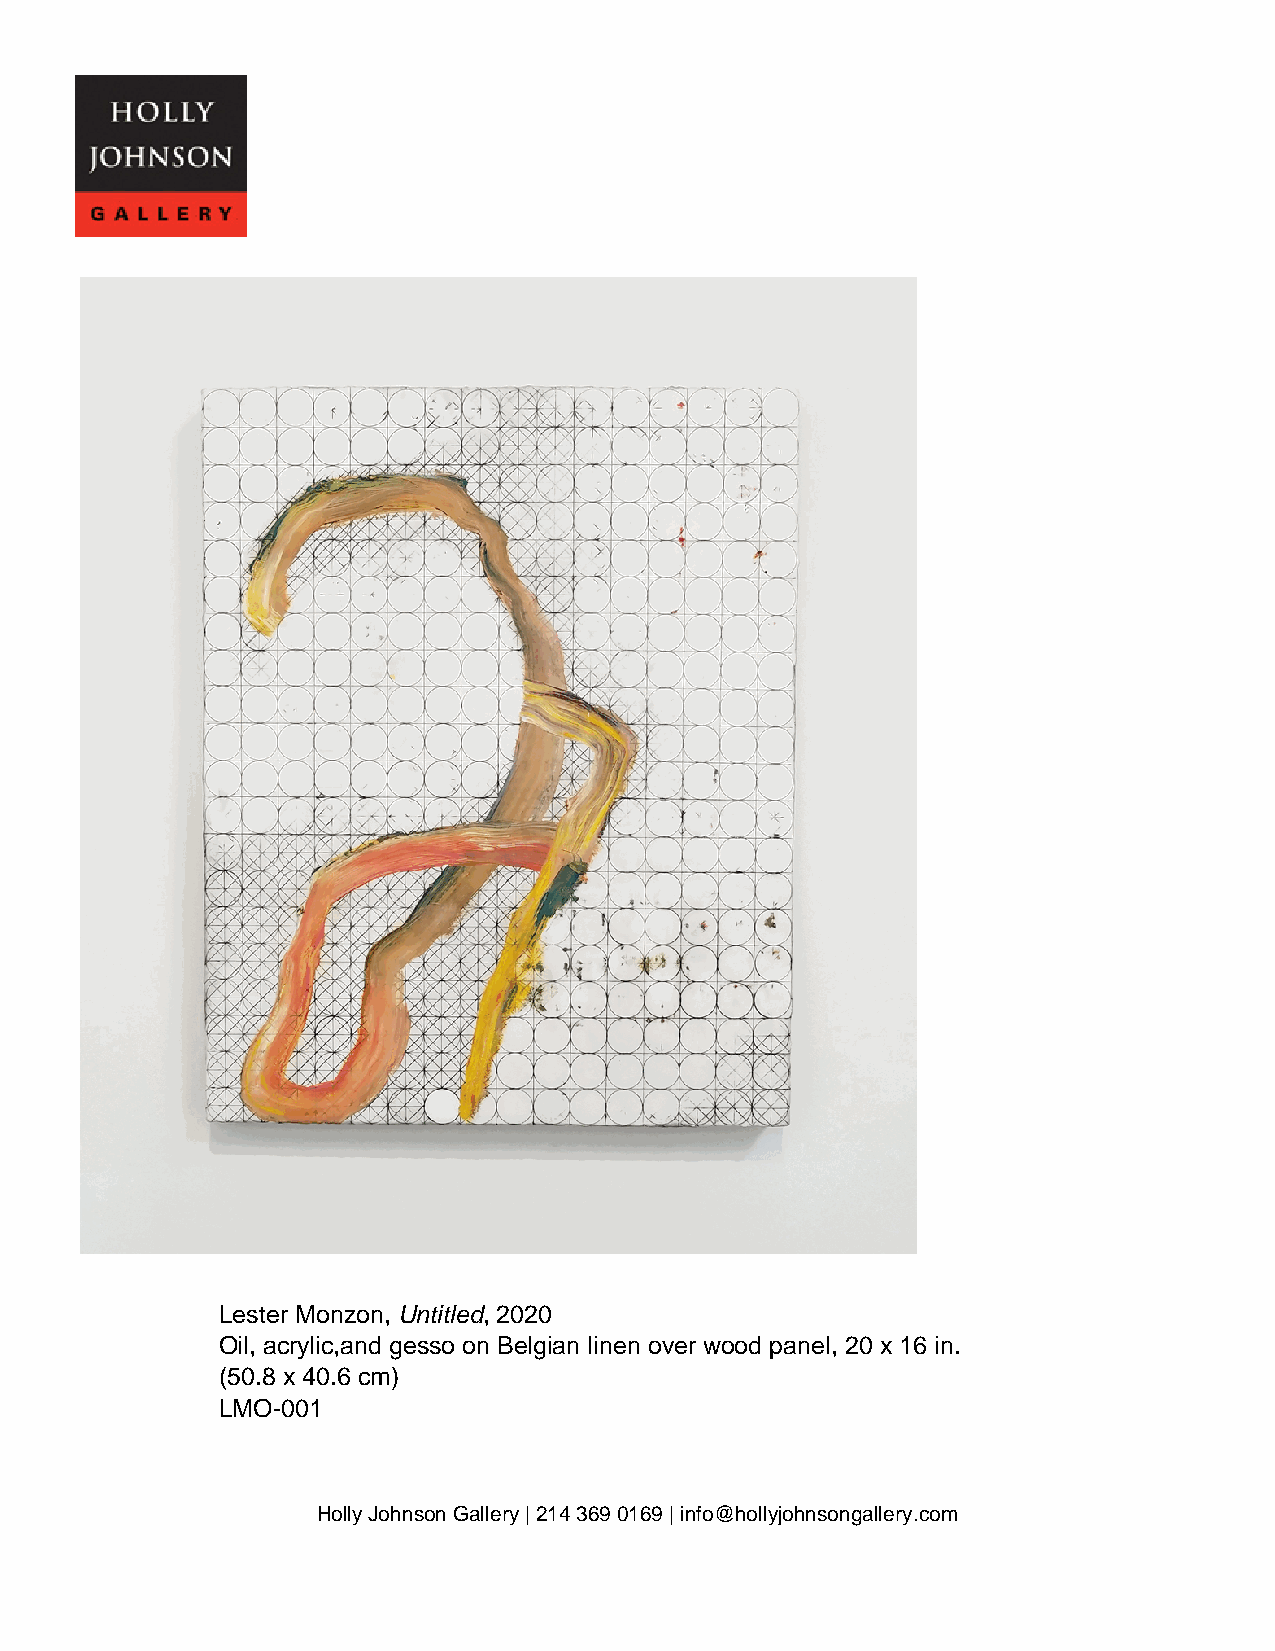
Lester Monzon, Untitled, 2020
 Oil, acrylic,and gesso on Belgian linen over wood panel, 20 x 16 in.
 (50.8 x 40.6 cm)
 LMO-001
 Holly Johnson Gallery | 214 369 0169 | info@hollyjohnsongallery.com
 Powered by TCPDF (www.tcpdf.org)